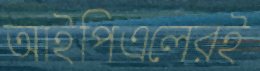
আইপিএলেরই